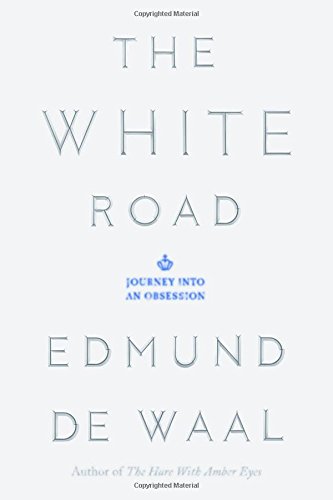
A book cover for The White Road: Journey into an Obsession; Edmund de Waal; Arts & Photography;